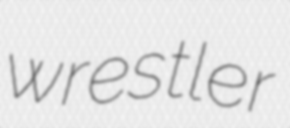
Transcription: wrestler